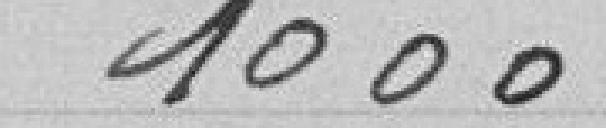
1000